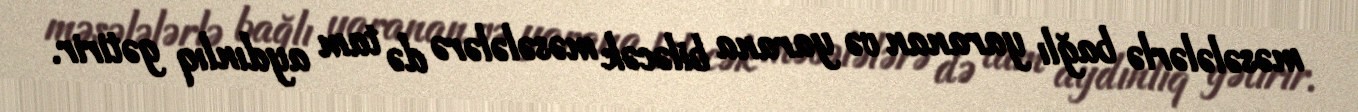
məsələlərlə bağlı yaranan və yarana biləcək məsələlərə də tam aydınlıq gətirir.